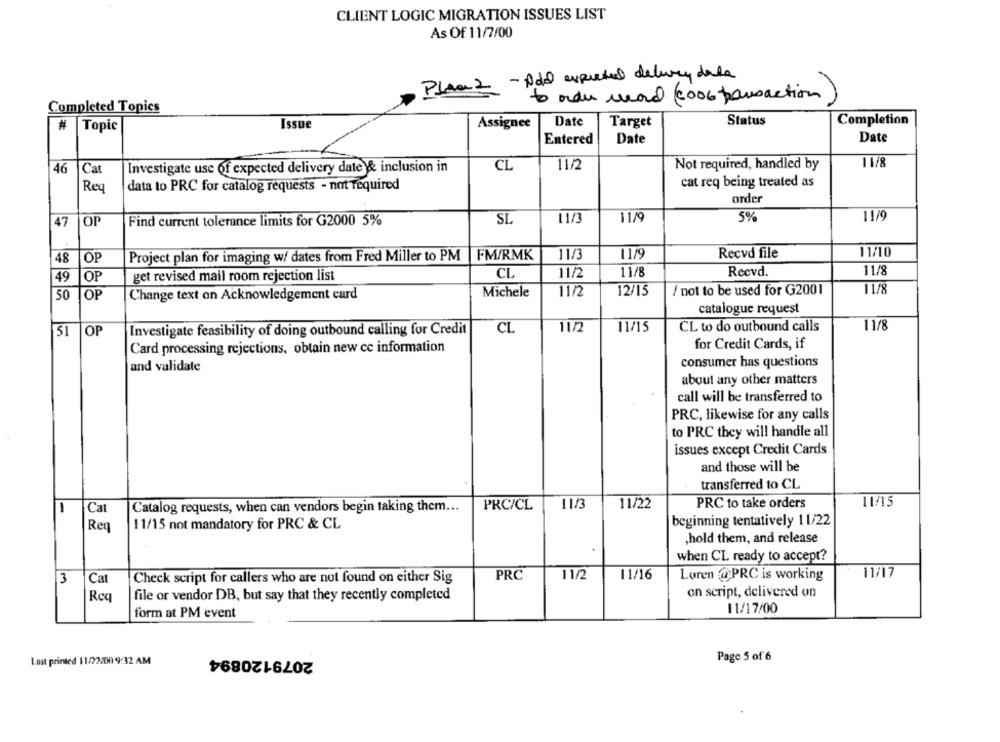
CLIENT LOGIC MIGRATION ISSUES LIST
As Of 11/7/00
Plane 2 - Add expected delury dala
to order word (2006 pausaction)
Completed Topics
#
Topic
Issue
Assignee
Date
Target
Status
Completion
Entered
Date
Date
11/8
46
Investigate use of expected delivery date & inclusion in
CL
11/2
Not required, handled by
|Cat
Reu
cat req being treated as
data to PRC for catalog requests - not required
order
47
or
Find current tolerance limits for G2000 5%
SL
11/3
11/9
5%
11/9
48
OP
Project plan for imaging w/ dates from Fred Miller to PM
FM/RMK
11/3
11/9
Recvd file
11/10
11/2
11/8
Recvd.
11/8
49
OP
get revised mail room rejection list
CL
50
OP
Change text on Acknowledgement card
Michele
11/2
12/15
/ not to be used for G2001
11/8
catalogue request
CL to do outbound calls
11/8
51
OP
Investigate feasibility of doing outbound calling for Credit
CL
11/2
11/15
Card processing rejections, obtain new cc information
for Credit Cards, if
consumer has questions
and validate
about any other matters
call will be transferred to
PRC, likewise for any calls
to PRC they will handle all
issues except Credit Cards
and those will be
transferred to CL
11/3
11/22
PRC to take orders
1
Cat
Catalog requests, when can vendors begin taking them ...
PRC/CL
Reg
11/15 not mandatory for PRC & CL
beginning tentatively 11/22
,hold them, and release
when CL ready to accept?
Check script for callers who are not found on either Sig
PRC
11/2
11/16
Loren @PRC is working
11/17
3
Cat
on script, delivered on
Req
file or vendor DB, but say that they recently completed
form at PM event
11/17/00
2079120894
Page 5 of 6
Lust printed 11/22/009:32 AM